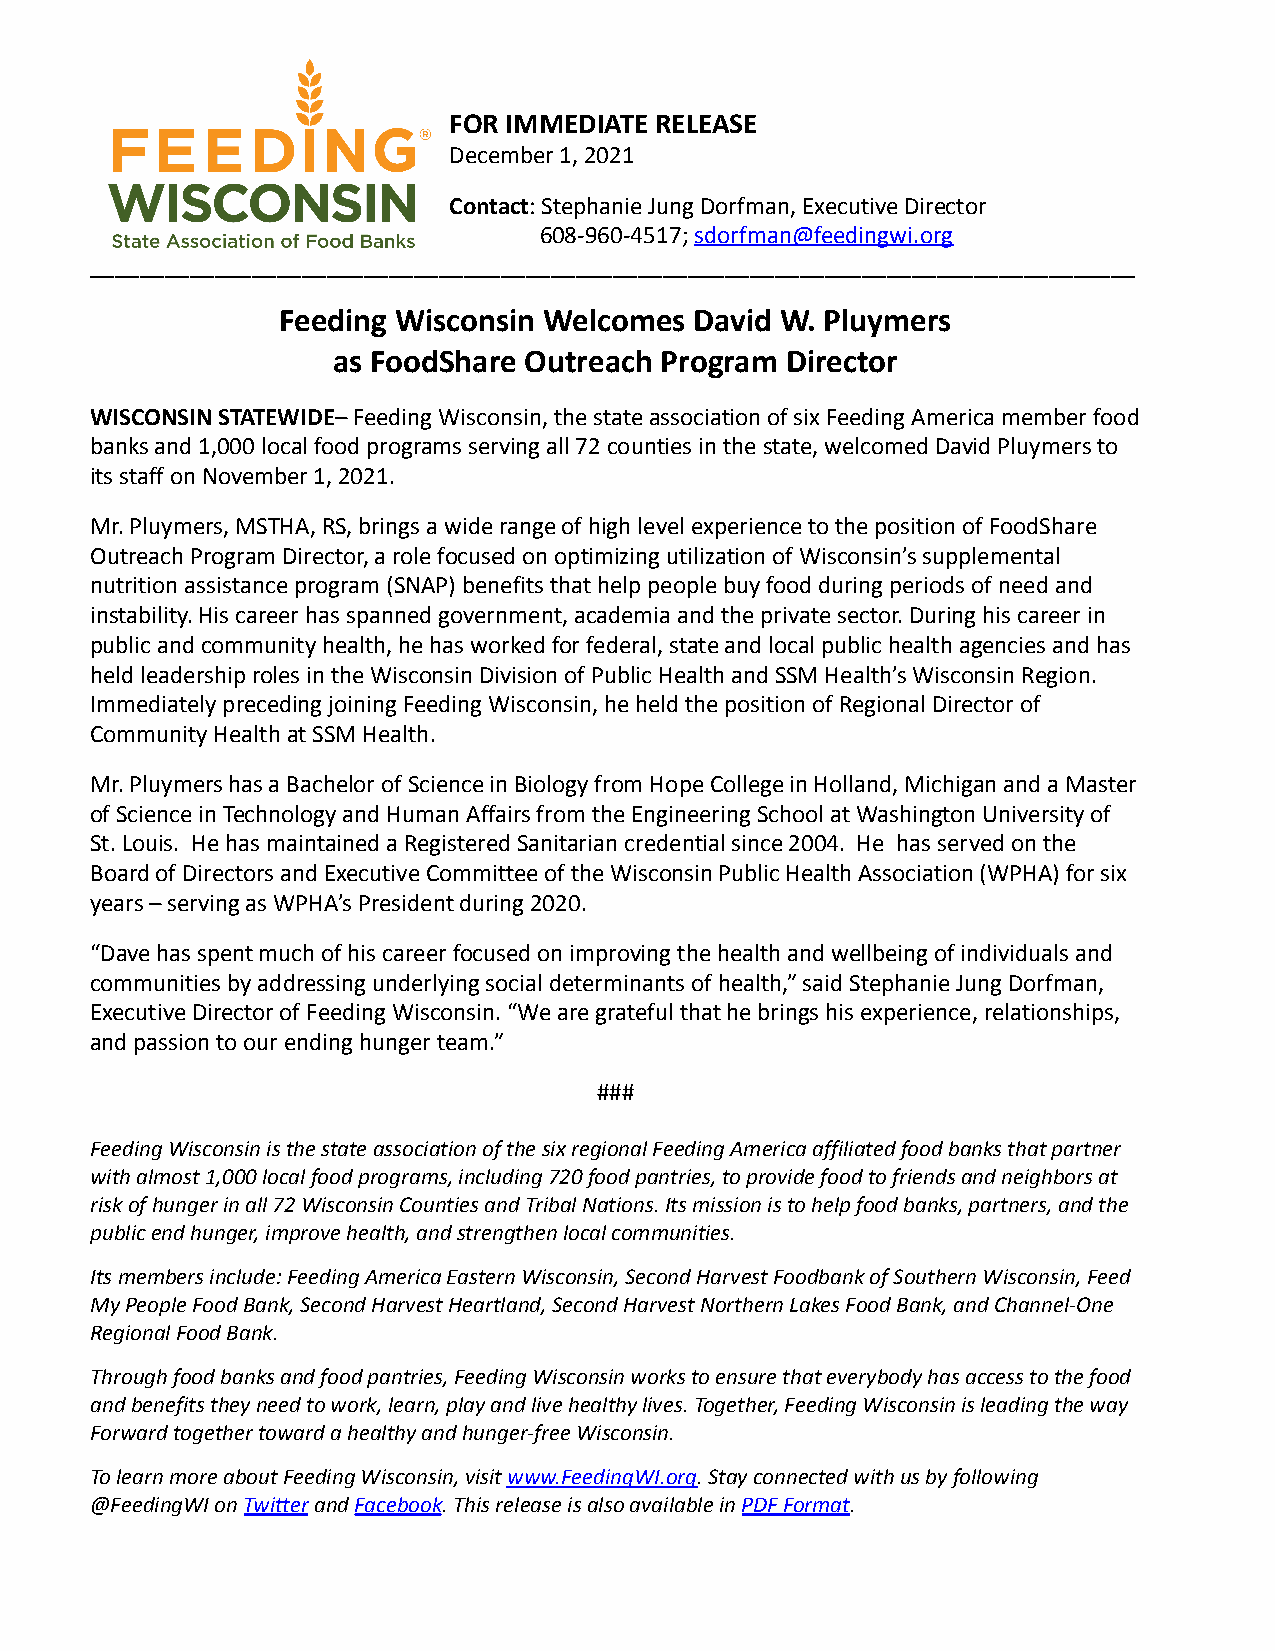
FOR IMMEDIATE RELEASE
 December 1, 2021
 Contact: Stephanie Jung Dorfman, Executive Director
 608-960-4517;sdorfman@feedingwi.org
 ____________________________________________________________________________________
 Feeding Wisconsin Welcomes  David W. Pluymers
 as FoodShare Outreach Program Director
 WISCONSIN STATEWIDE– Feeding Wisconsin, the stateassociation of six Feeding America member food
 banks and 1,000 local food programs serving all 72 counties in the state, welcomed David Pluymers to
 its staff on November 1, 2021.
 Mr. Pluymers, MSTHA, RS, brings a wide range of high level experience to the position of FoodShare
 Outreach Program Director, a role focused on optimizing utilization of Wisconsin’s supplemental
 nutrition assistance program (SNAP) benefits that help people buy food during periods of need and
 instability. His career has spanned government, academia and the private sector. During his career in
 public and community health, he has worked for federal, state and local public health agencies and has
 held leadership roles in the Wisconsin Division of Public Health and SSM Health’s Wisconsin Region.
 Immediately preceding joining Feeding Wisconsin, he held the position of Regional Director of
 Community Health at SSM Health.
 Mr. Pluymers has a Bachelor of Science in Biology from Hope College in Holland, Michigan and a Master
 of Science in Technology and Human Affairs from the Engineering School at Washington University of
 St. Louis. He has maintained a Registered Sanitarian credential since 2004. He has served on the
 Board of Directors and Executive Committee of the Wisconsin Public Health Association (WPHA) for six
 years – serving as WPHA’s President during 2020.
 “Dave has spent much of his career focused on improving the health and wellbeing of individuals and
 communities by addressing underlying social determinants of health,” said Stephanie Jung Dorfman,
 Executive Director of Feeding Wisconsin. “We are grateful that he brings his experience, relationships,
 and passion to our ending hunger team.”
 ###
 Feeding Wisconsin is the state association of the six regional Feeding America affiliated food banks that partner
 with almost 1,000 local food programs, including 720 food pantries, to provide food to friends and neighbors at
 risk of hunger in all 72 Wisconsin Counties and Tribal Nations. Its mission is to help food banks, partners, and the
 public end hunger, improve health, and strengthen local communities.
 Its members include: Feeding America Eastern Wisconsin, Second Harvest Foodbank of Southern Wisconsin, Feed
 My People Food Bank, Second Harvest Heartland, Second Harvest Northern Lakes Food Bank, and Channel-One
 Regional Food Bank.
 Through food banks and food pantries, Feeding Wisconsin works to ensure that everybody has access to the food
 and benefits they need to work, learn, play and live healthy lives. Together, Feeding Wisconsin is leading the way
 Forward together toward a healthy and hunger-free Wisconsin.
 To learn more about Feeding Wisconsin, visitwww.FeedingWI.org.Stay connected with us by following
 @FeedingWI on Twitter and Facebook. This release isalso available inPDF Format.